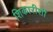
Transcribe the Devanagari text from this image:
शिकारीशी